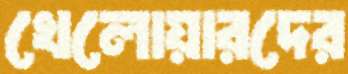
খেলোয়ারদের